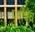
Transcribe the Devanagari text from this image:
पुर्वीचेच